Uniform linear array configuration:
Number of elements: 12
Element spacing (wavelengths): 0.75
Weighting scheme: kaiser
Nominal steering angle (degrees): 60
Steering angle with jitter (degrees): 59.169
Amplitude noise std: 0.05
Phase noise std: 0.05

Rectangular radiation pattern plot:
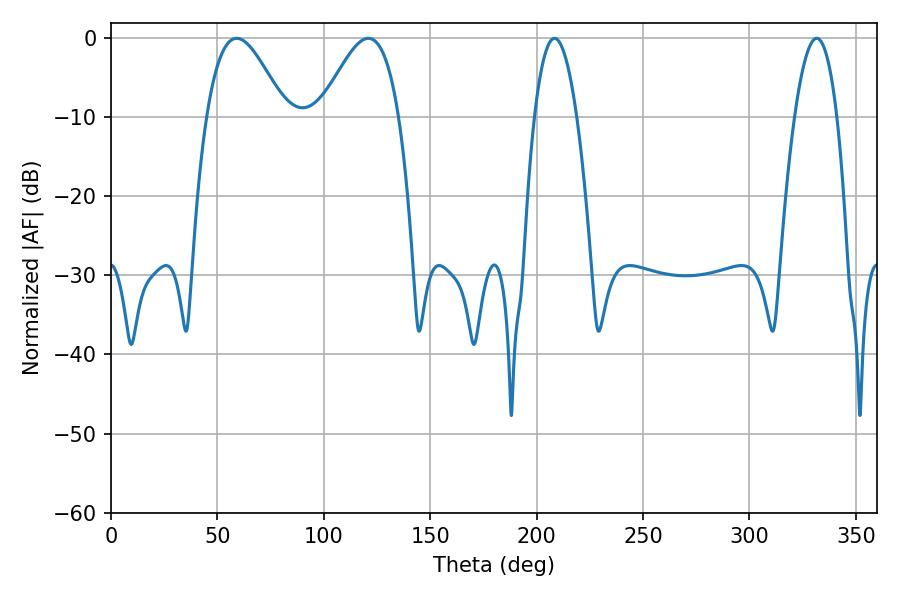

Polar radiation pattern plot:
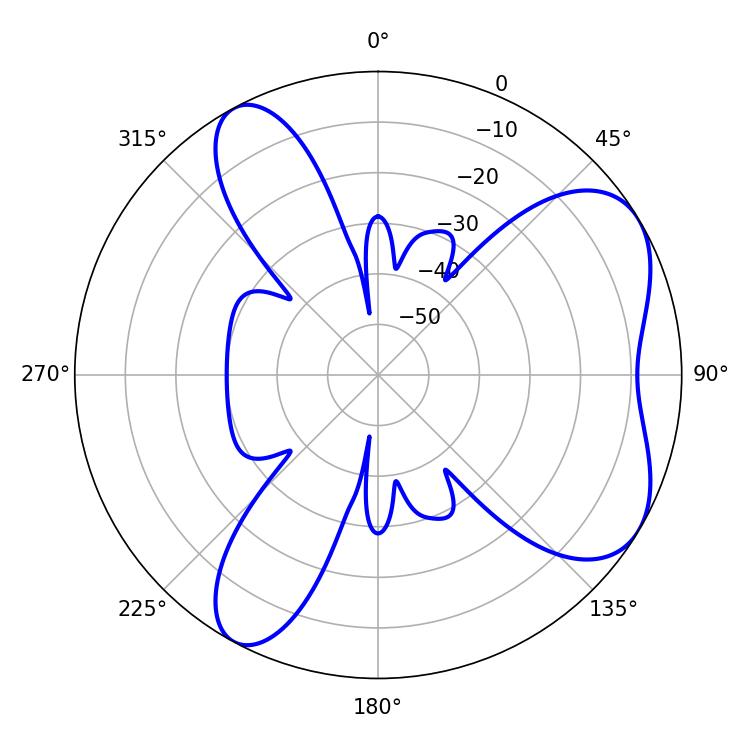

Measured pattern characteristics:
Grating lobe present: TRUE
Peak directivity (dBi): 6.102
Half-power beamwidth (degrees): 19.98
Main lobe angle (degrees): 59.04